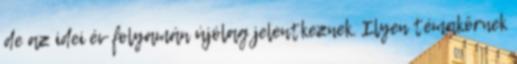
de az idei év folyamán újólag jelentkeznek. Ilyen témakörnek